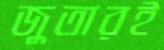
জুতারই